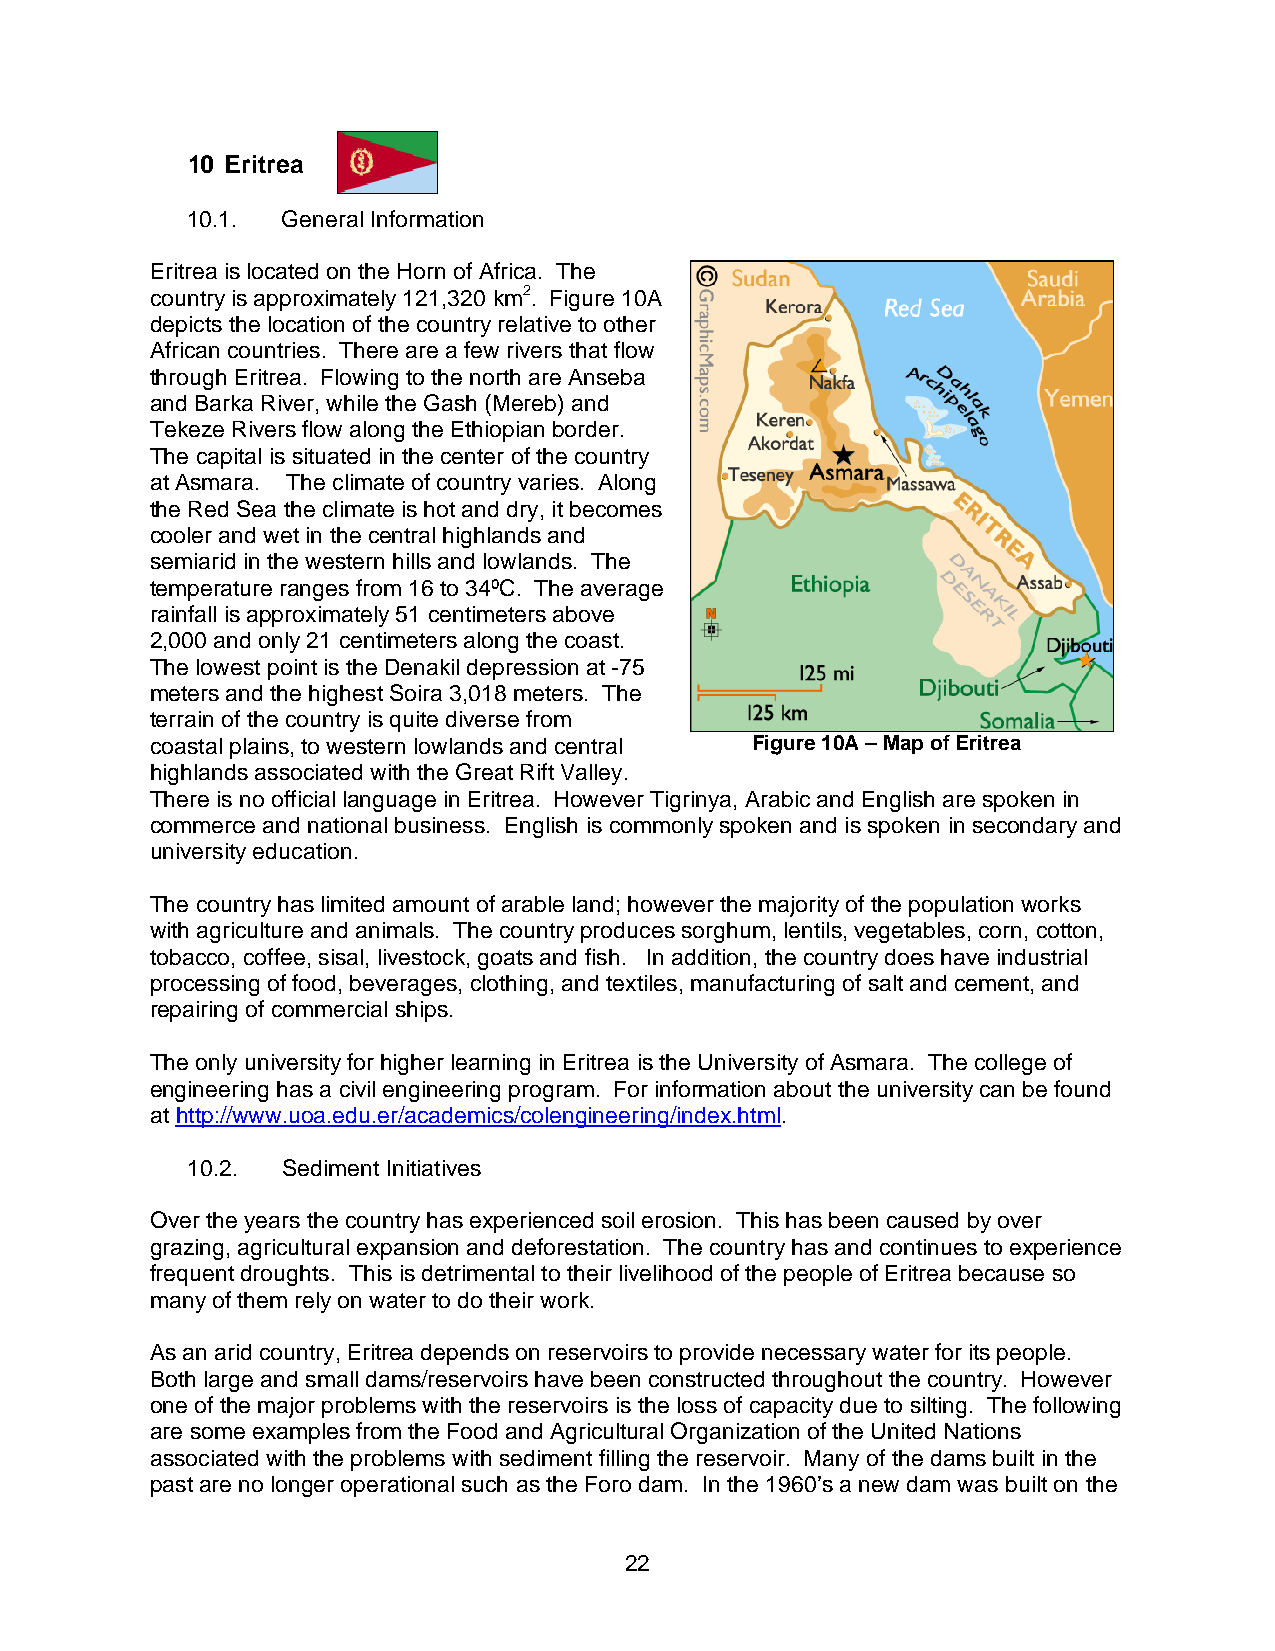
10 Eritrea
 10.1.  General Information
 Eritrea is located on the Horn of Africa. The
 country is approximately 121,320 km2. Figure 10A
 depicts the location of the country relative to other
 African countries. There are a few rivers that flow
 through Eritrea. Flowing to the north are Anseba
 and Barka River, while the Gash (Mereb) and
 Tekeze Rivers flow along the Ethiopian border.
 The capital is situated in the center of the country
 at Asmara. The climate of country varies. Along
 the Red Sea the climate is hot and dry, it becomes
 cooler and wet in the central highlands and
 semiarid in the western hills and lowlands. The
 temperature ranges from 16 to 34ºC. The average
 rainfall is approximately 51 centimeters above
 2,000 and only 21 centimeters along the coast.
 The lowest point is the Denakil depression at -75
 meters and the highest Soira 3,018 meters. The
 terrain of the country is quite diverse from
 coastal plains, to western lowlands and central Figure 10A – Map of Eritrea
 highlands associated with the Great Rift Valley.
 There is no official language in Eritrea. However Tigrinya, Arabic and English are spoken in
 commerce and national business. English is commonly spoken and is spoken in secondary and
 university education.
 The country has limited amount of arable land; however the majority of the population works
 with agriculture and animals. The country produces sorghum, lentils, vegetables, corn, cotton,
 tobacco, coffee, sisal, livestock, goats and fish. In addition, the country does have industrial
 processing of food, beverages, clothing, and textiles, manufacturing of salt and cement, and
 repairing of commercial ships.
 The only university for higher learning in Eritrea is the University of Asmara. The college of
 engineering has a civil engineering program. For information about the university can be found
 at http://www.uoa.edu.er/academics/colengineering/index.html.
 10.2.  Sediment Initiatives
 Over the years the country has experienced soil erosion. This has been caused by over
 grazing, agricultural expansion and deforestation. The country has and continues to experience
 frequent droughts. This is detrimental to their livelihood of the people of Eritrea because so
 many of them rely on water to do their work.
 As an arid country, Eritrea depends on reservoirs to provide necessary water for its people.
 Both large and small dams/reservoirs have been constructed throughout the country. However
 one of the major problems with the reservoirs is the loss of capacity due to silting. The following
 are some examples from the Food and Agricultural Organization of the United Nations
 associated with the problems with sediment filling the reservoir. Many of the dams built in the
 past are no longer operational such as the Foro dam. In the 1960’s a new dam was built on the
 22